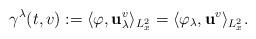
LaTeX: \begin{align*}\gamma^\lambda(t, v) := \langle \varphi, \mathbf{u}^v_\lambda \rangle_{L^2_x}=\langle \varphi_\lambda, \mathbf{u}^v \rangle_{L^2_x}.\end{align*}